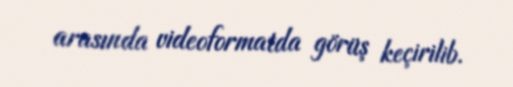
arasında videoformatda görüş keçirilib.